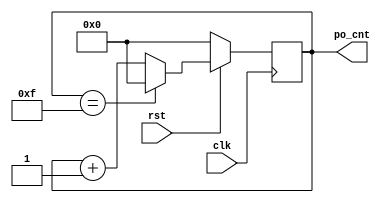
module test_if(
    input   wire                 clk,
    input   wire                 rst,
    output  reg     [3:0]        po_cnt
);

always @(posedge clk)begin
    if(rst == 1'b0)
        po_cnt <= 4'b0;
    else if (po_cnt == 4'd15)
        po_cnt <= 4'd0;
    else
        po_cnt <= po_cnt + 1'b1;
end



endmodule